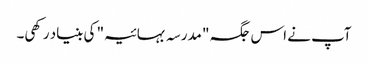
آپ نے اس جگہ "مدرسہ بہائیہ" کی بنیاد رکھی۔